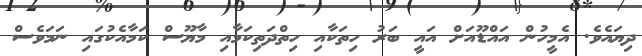
ދިޔައެވެ. އެމީހުން އައްޑޫއަށް އައީ ބަރު ހިތަކާާއި ހިތްދަތިކަމާއި މާޔޫސް ކަމާއެކުގައި ނަމަވެސް